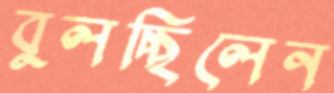
বুলচ্ছিলেন